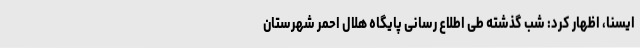
ایسنا، اظهار کرد: شب گذشته طی اطلاع رسانی پایگاه هلال احمر شهرستان